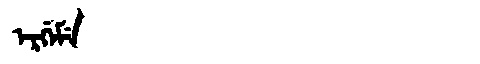
Manchu: ᡝᡵᡤᡝᠮᡝ
Romanization: ERGEME